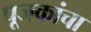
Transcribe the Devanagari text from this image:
पूजकांचा